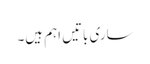
ساری باتیں اہم ہیں۔